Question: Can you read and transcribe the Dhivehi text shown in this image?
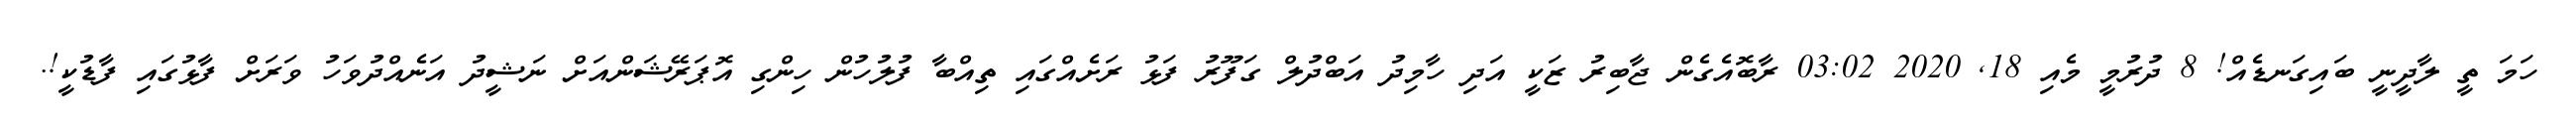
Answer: ހަމަ ތީ ލާދީނީ ބައިގަނޑެއް! 8 ދުރުމީ މެއި 18, 2020 03:02 ރާބޮއެގެން ޖާބިރު ޒަކީ އަދި ހާމިދު އަބްދުލް ގަފޫރު ފަޅު ރަށެއްގައި ތިއްބާ ފުލުހުން ހިންގި އޮޕަރޭޝަންއަށް ނަޝީދު އަނެއްދުވަހު ވަރަށް ފާޅުގައި ފާޑުކީ!.